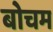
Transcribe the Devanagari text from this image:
बोचम